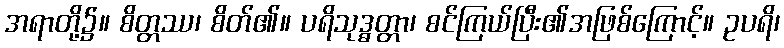
အရာတို့၌။ စိတ္တဿ၊ စိတ်၏။ ပရိသုဒ္ဓတ္တာ၊ စင်ကြယ်ပြီး၏အဖြစ်ကြောင့်။ ဥပရိ၊